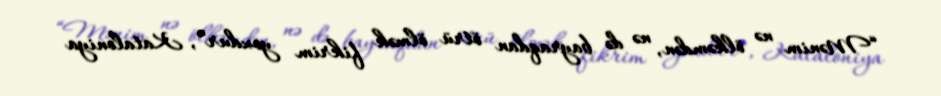
“Mənim nə ölkəmdən, nə də bayraqdan ötrü ölmək fikrim yoxdur”, Kataloniya